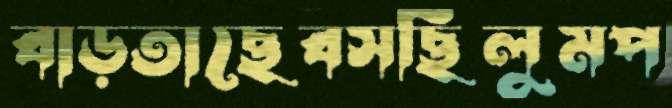
বাড়তাছেবসছিলুমপ